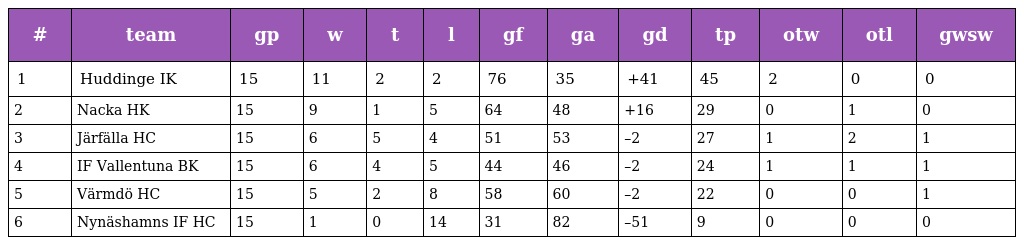
| # | team | gp | w | t | l | gf | ga | gd | tp | otw | otl | gwsw |
 | --- | --- | --- | --- | --- | --- | --- | --- | --- | --- | --- | --- | --- |
 | 1 | Huddinge IK | 15 | 11 | 2 | 2 | 76 | 35 | +41 | 45 | 2 | 0 | 0 |
 | 2 | Nacka HK | 15 | 9 | 1 | 5 | 64 | 48 | +16 | 29 | 0 | 1 | 0 |
 | 3 | Järfälla HC | 15 | 6 | 5 | 4 | 51 | 53 | –2 | 27 | 1 | 2 | 1 |
 | 4 | IF Vallentuna BK | 15 | 6 | 4 | 5 | 44 | 46 | –2 | 24 | 1 | 1 | 1 |
 | 5 | Värmdö HC | 15 | 5 | 2 | 8 | 58 | 60 | –2 | 22 | 0 | 0 | 1 |
 | 6 | Nynäshamns IF HC | 15 | 1 | 0 | 14 | 31 | 82 | –51 | 9 | 0 | 0 | 0 |